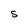
Character: S